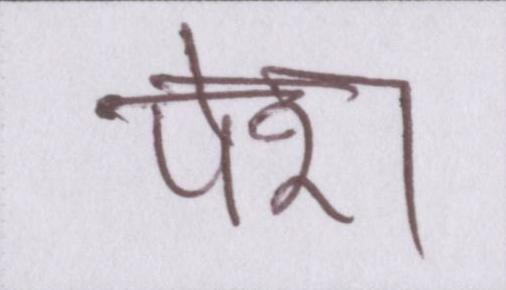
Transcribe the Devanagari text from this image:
पेश